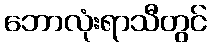
ဘောလုံးရာသီတွင်